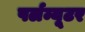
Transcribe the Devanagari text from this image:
पर्लम्यूटर